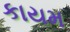
કાયમ